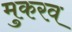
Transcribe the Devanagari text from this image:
मुकरव